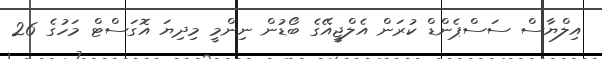
އިލްޔާސް ސަސްޕެންޑް ކުރަން އެލްޖީއޭގެ ބޯޑުން ނިންމީ މިދިޔަ އޮގަސްޓް މަހުގެ 26